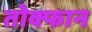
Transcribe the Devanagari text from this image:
तोक्फान